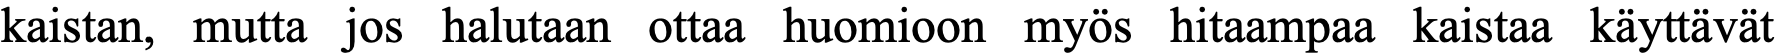
kaistan, mutta jos halutaan ottaa huomioon myös hitaampaa kaistaa käyttävät